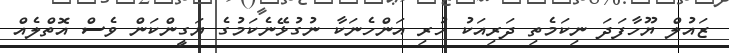
ޒައުލް ޔޫހާފަދަ ނިކަމެތި ދަރިއަކު ހުރި އަންހެނަކާ ނުގުޅޭނެކަމުގެ ޔަގީންކަން ވެސް އޮތްލެއް